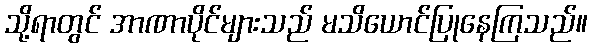
သို့ရာတွင် အာဏာပိုင်များသည် မသိယောင်ပြုနေကြသည်။